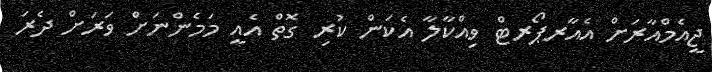
ޖީއެމްއާރަށް އެއާރޕޯރޓް ވިއްކާލާ އެކަން ކުރި ގޮތް އެއީ މަމެންނަށް ވަރަށް ދެރަ